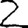
Digit: 2